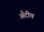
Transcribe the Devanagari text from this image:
अँटीच